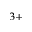
^ { 3 + }